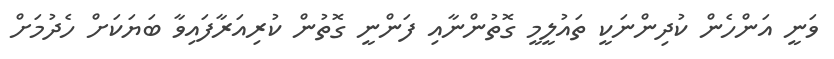
ވަނީ އަންހެން ކުދިންނަކީ ތައުލީމީ ގޮތުންނާއި ފަންނީ ގޮތުން ކުރިއަރާފައިވާ ބަޔަކަށް ހެދުމަށް